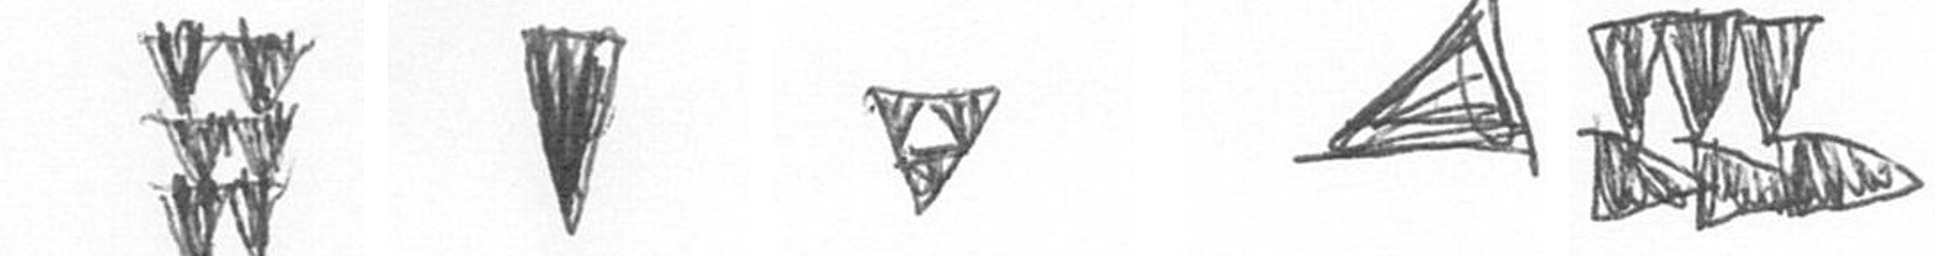
Y J S O D